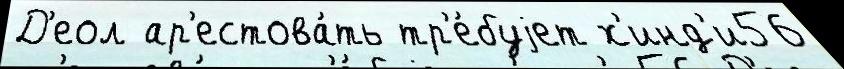
Д'еол ар'естова́ть тр'е́буjет х'инд'и56